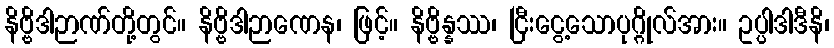
နိဗ္ဗိဒါဉာဏ်တို့တွင်။ နိဗ္ဗိဒါဉာဏေန၊ ဖြင့်။ နိဗ္ဗိန္နဿ၊ ငြီးငွေ့သောပုဂ္ဂိုလ်အား။ ဥပ္ပါဒါဒီနိ၊